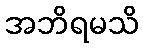
အဘိရမသိ